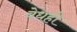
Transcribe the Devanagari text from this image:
वेधही